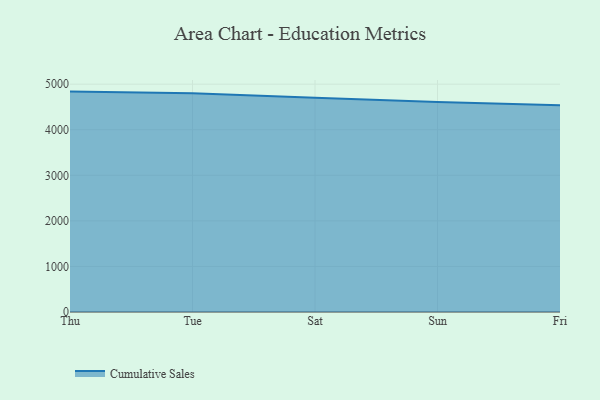
{"axis": {"x": "Day", "y": "Net Income (USD K)"}, "legend": ["Cumulative Sales"], "data": [{"x": "Thu", "y": 4836.8, "type": "Cumulative Sales"}, {"x": "Tue", "y": 4801.4, "type": "Cumulative Sales"}, {"x": "Sat", "y": 4700.5, "type": "Cumulative Sales"}, {"x": "Sun", "y": 4606.1, "type": "Cumulative Sales"}, {"x": "Fri", "y": 4536.2, "type": "Cumulative Sales"}]}